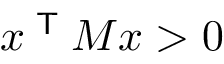
x ^ { \textsf { T } } M x > 0